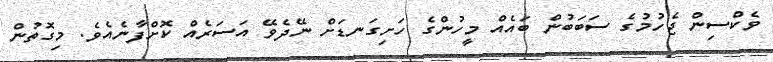
ވެކްސިން ޖެހުމުގެ ސަބަބުން ބައެއް މީހުންގެ ހަށިގަނޑަށް ނޭދެވޭ އަސަރެއް ކޮށްފާނެއެވެ. މިގޮތުން